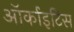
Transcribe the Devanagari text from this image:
ऑर्काइटिस